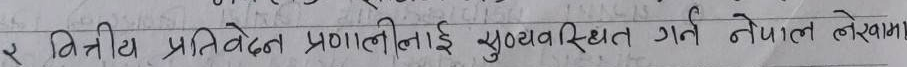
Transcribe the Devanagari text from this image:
२ वित्तीय प्रतिवेदन प्रणालीलाई सुव्यवस्थित गर्न नेपाल लेखा